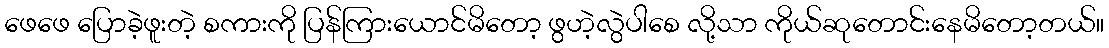
ဖေဖေ ပြောခဲ့ဖူးတဲ့ စကားကို ပြန်ကြားယောင်မိတော့ ဖွဟဲ့လွဲပါစေ လို့သာ ကိုယ်ဆုတောင်းနေမိတော့တယ်။